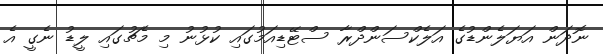
ނޮދަން އަޔަލެންޑުގެ އަލެކްސަންދްރާ ސްޓޭޑިއަމުގައި ކުޅުނު މި މެޗުގައި ލީޑު ނެގީ އެ